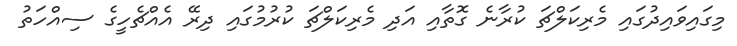
މިގައިވައިދުގައި މެރިކަލްޗަ ކުރާނެ ގޮތާއި އަދި މެރިކަލްޗަ ކުރުމުގައި ދިރޭ އެއްޗެހީގެ ސިއްހަތު